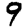
Digit: 9